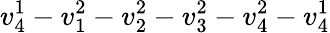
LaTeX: v_{4}^{1}-v_{1}^{2}-v_{2}^{2}-v_{3}^{2}-v_{4}^{2}-v_{4}^{1}